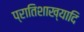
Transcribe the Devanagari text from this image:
प्रातिशाख्यादि